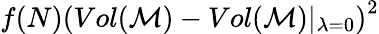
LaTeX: f(N)\left(Vol(\mathcal{M})-Vol(\mathcal{M})\vert_{\lambda=0}\right)^{2}